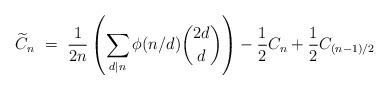
LaTeX: \begin{align*}\widetilde{C}_n \ = \ \frac{1}{2n} \left( \sum_{d | n} \phi(n/d) \binom{2d}{d} \right) - \frac{1}{2} C_n + \frac{1}{2} C_{(n-1)/2}\end{align*}